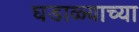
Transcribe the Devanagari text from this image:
घडाळ्याच्या